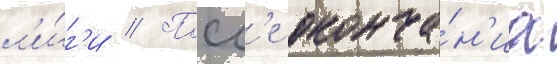
л'и́г'и // Посл'е оконча́н'иа